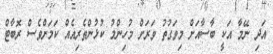
އަދި ނޭމާ އަކީ ބާސާއަށް މިވަގުތު ވަރަށް މުހިންމު ކުޅުންތެރިއެއް ކަމަށްވެސް ރޮބާޓް